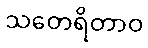
သတေရိတာဝ